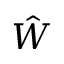
\hat { W }